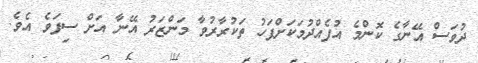
ދުވަސް އޭނާގެ ކޮންމެ އުފެއްދުމަކަށްފަހު ތަކުރާރުވާ މަންޒަރު އޭނާ އަށް ސިފަވެ އެވެ.